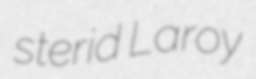
sterid Laroy